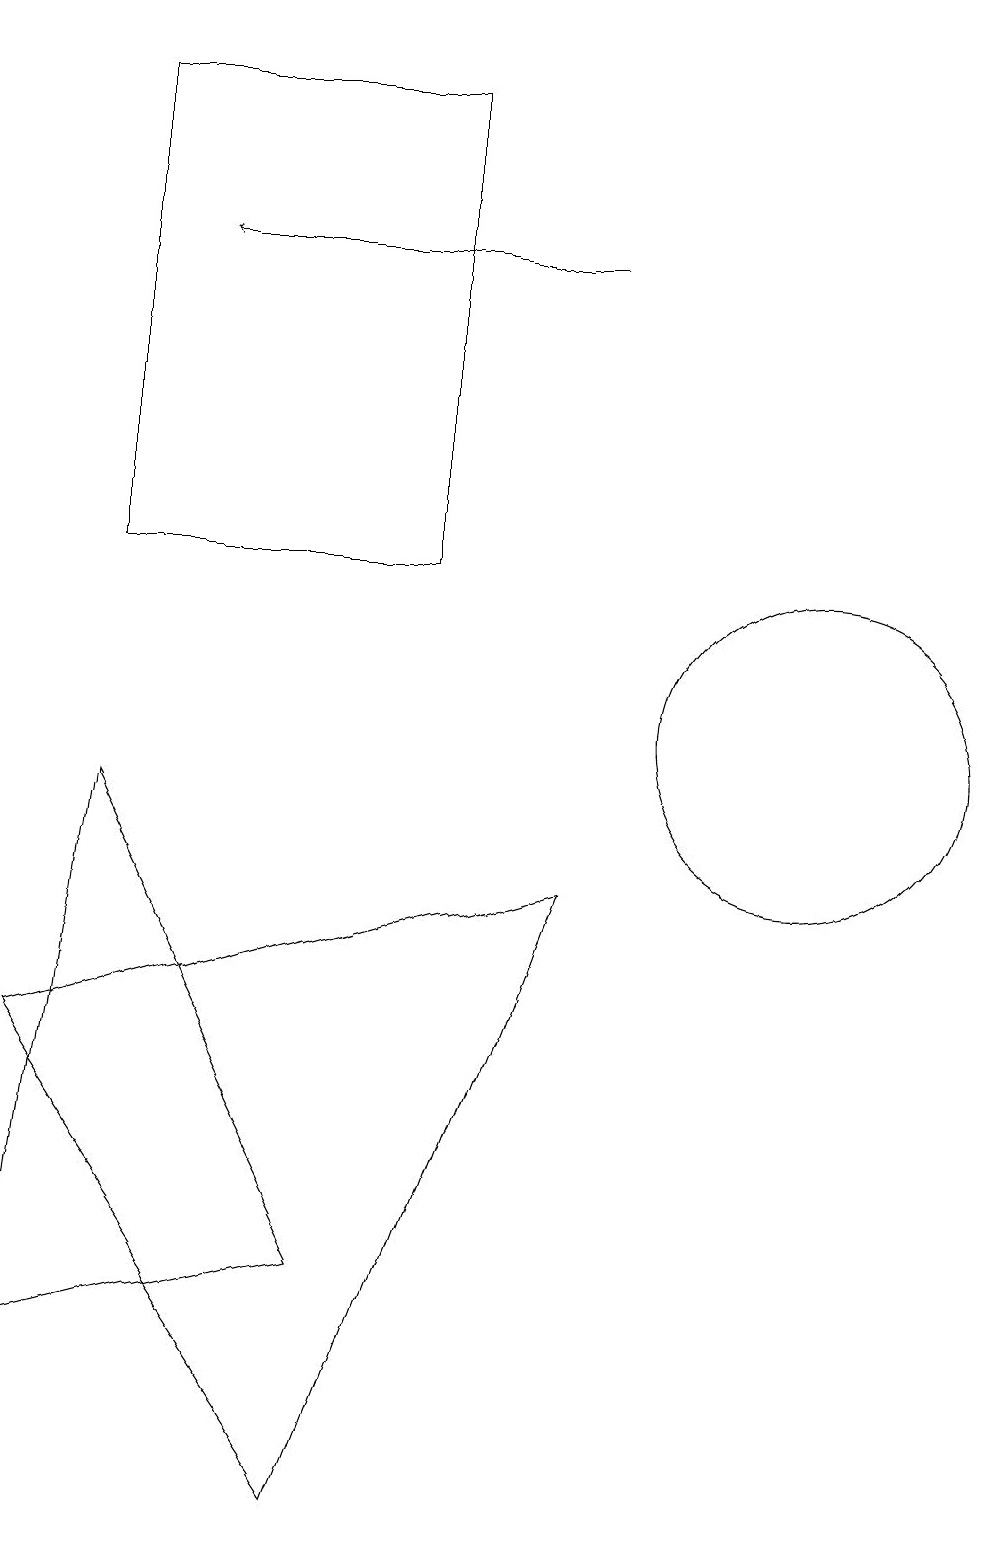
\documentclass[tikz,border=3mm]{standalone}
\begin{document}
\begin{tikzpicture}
\draw[->] (7,16) -- (2,16);
\draw (1,9) -- (4,3) -- (0,2) -- cycle;
\draw (0,19) rectangle (0,19);
\draw (1,18) rectangle (5,12);
\draw (10,10) circle (2);
\draw (0,6) -- (4,0) -- (7,8) -- cycle;
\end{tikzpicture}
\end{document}